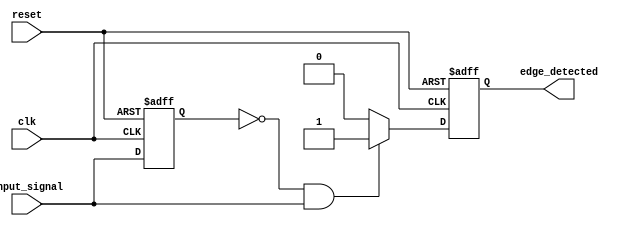
module rising_edge_detector (
    input wire clk,                // Clock signal
    input wire reset,              // Asynchronous reset signal
    input wire input_signal,       // Input signal to detect rising edge
    output reg edge_detected       // Output signal indicating rising edge
);

    reg previous_signal;           // Register to hold the previous value of input_signal

    // Asynchronous reset and edge detection logic
    always @(posedge clk or posedge reset) begin
        if (reset) begin
            previous_signal <= 1'b0; // Reset previous signal to 0
            edge_detected <= 1'b0;   // Reset edge detected output to 0
        end else begin
            // Edge detection logic
            if (previous_signal == 1'b0 && input_signal == 1'b1) begin
                edge_detected <= 1'b1; // Rising edge detected
            end else begin
                edge_detected <= 1'b0; // No rising edge detected
            end
            
            // Update previous signal for next clock cycle
            previous_signal <= input_signal;
        end
    end

endmodule